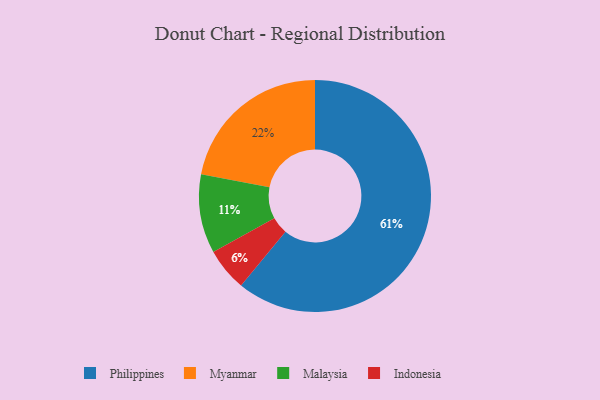
{"axis": {"x": "Category", "y": "Percentage"}, "legend": ["Indonesia", "Malaysia", "Myanmar", "Philippines"], "data": [{"x": "Malaysia", "y": 11, "type": "Malaysia"}, {"x": "Philippines", "y": 61, "type": "Philippines"}, {"x": "Indonesia", "y": 6, "type": "Indonesia"}, {"x": "Myanmar", "y": 22, "type": "Myanmar"}]}